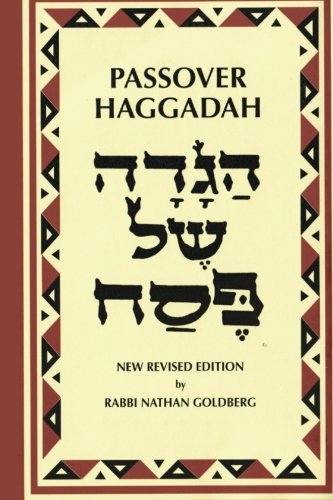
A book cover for Passover Haggadah: A New English Translation and Instructions for the Seder; Rabbi Nathan Goldberg; Religion & Spirituality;